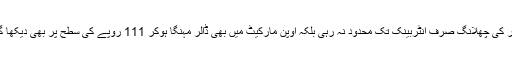
ڈالر کی چھلانگ صرف انٹربینک تک محدود نہ رہی بلکہ اوپن مارکیٹ میں بھی ڈالر مہنگا ہوکر 111 روپے کی سطح پر بھی دیکھا گیا۔